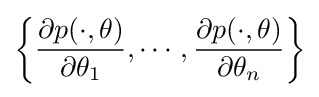
\left\{{\frac {\partial p(\cdot ,\theta )}{\partial \theta _{1}}},\cdots ,{\frac {\partial p(\cdot ,\theta )}{\partial \theta _{n}}}\right\}